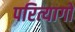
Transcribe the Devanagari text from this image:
परित्यागो